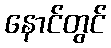
နောင်တွင်